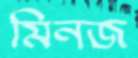
মিনজ